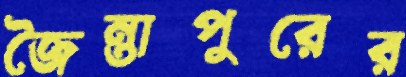
জৈন্তাপুরের